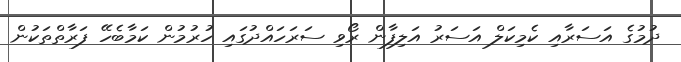
ދުމުގެ އަސަރާއި ކެމިކަލް އަސަރު އަލިފާން ރޯވި ސަރަހައްދުގައި ހުރުމުން ކަމާބެހޭ ފަރާތްތަކުން